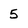
Character: 5